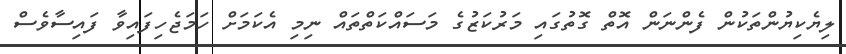
ލިޔެކިޔުންތަކުން ފެންނަން އޮތް ގޮތުގައި މަރުކަޒުގެ މަސައްކަތްތައް ނިމި އެކަމަށް ހަމަޖެހިފައިވާ ފައިސާވެސް